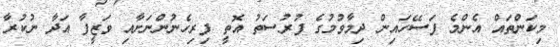
މިކަންތައް އެންމެ ފަސޭހައިން ދިމާވުމުގެ ފުރުސަތު އޮތީ ފިރިހެނުންނަށާއި ވަޒީފާ އަދާ ނުކުރާ